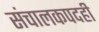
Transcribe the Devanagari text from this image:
संचालकपदही